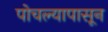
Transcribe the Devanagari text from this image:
पोचल्यापासून